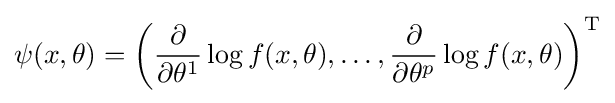
\psi (x,\theta )=\left({\frac {\partial }{\partial \theta ^{1}}}\log f(x,\theta ),\dots ,{\frac {\partial }{\partial \theta ^{p}}}\log f(x,\theta )\right)^{\mathrm {T} }